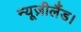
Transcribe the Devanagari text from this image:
न्यूज़ीलैंड।